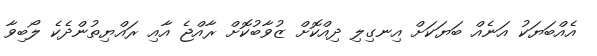
އެއްބަޔަކު އަނެއް ބަޔަކަށް އިނގިލި ދިއްކޮށް ޒުވާބުކޮށް ރާއްޖެ އާއި ރައްޔިތުންދެކެ ލޯބިވާ